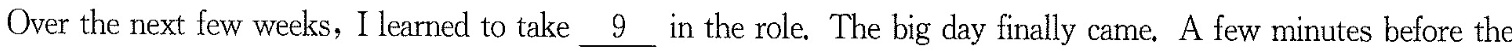
Over the next few weeks, I learned to take \underline{9} in the role, The big day finally came A few minutes before the